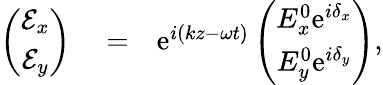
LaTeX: \begin{array}{rlr}{\left(\begin{array}{c}{\mathcal{E}_{x}}\\ {\mathcal{E}_{y}}\end{array}\right)}&{{}=}&{\mathrm{e}^{i(kz-\omega t)}\left(\begin{array}{c}{{E}_{x}^{0}\mathrm{e}^{i\delta_{x}}}\\ {{E}_{y}^{0}\mathrm{e}^{i\delta_{y}}}\end{array}\right),}\end{array}